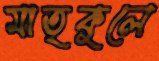
মাতৃকুলে